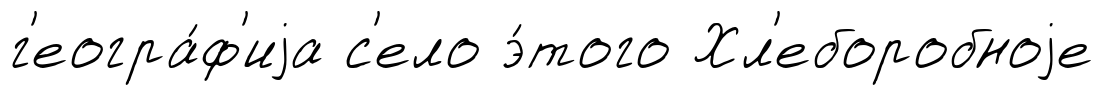
г'еогра́ф'иjа с'ело э́того Хл'еборобноjе